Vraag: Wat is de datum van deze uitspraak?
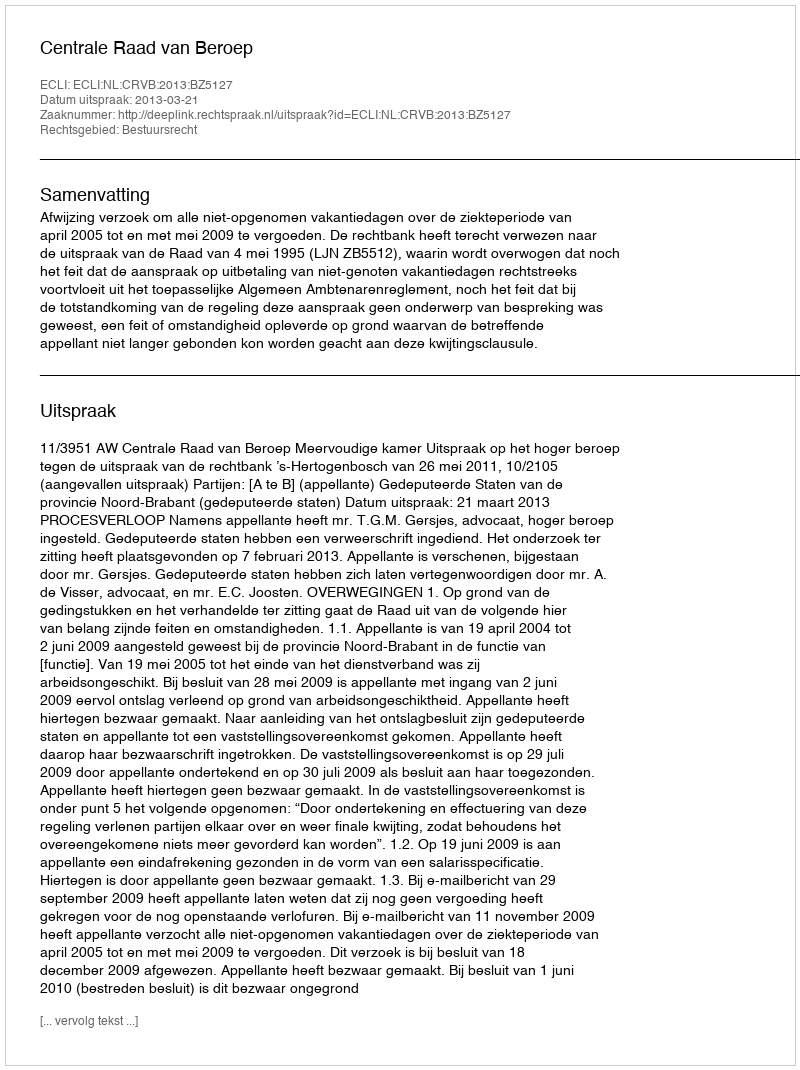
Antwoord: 2013-03-21